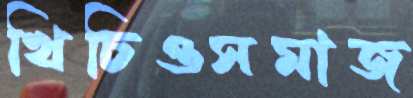
খিচিওসমাজ